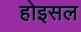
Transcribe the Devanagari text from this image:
होइसल